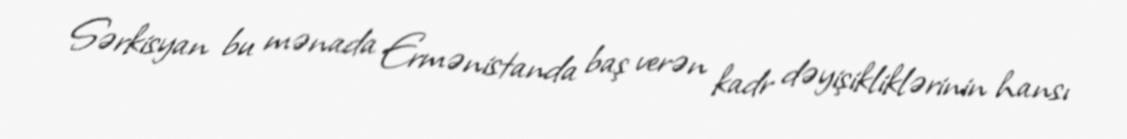
Sərkisyan bu mənada Ermənistanda baş verən kadr dəyişikliklərinin hansı